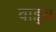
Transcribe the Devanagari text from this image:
वाहृय